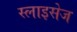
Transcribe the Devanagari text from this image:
स्लाइसेज